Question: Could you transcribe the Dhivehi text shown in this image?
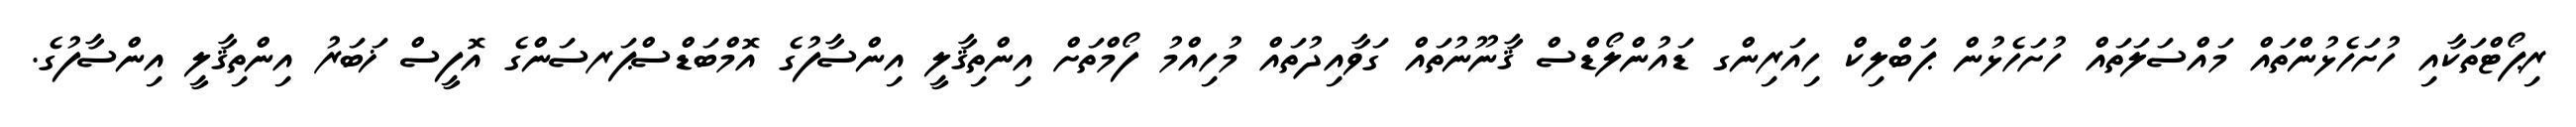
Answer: ރިޕޯޓްތަކާއި ހުށަހެޅުންތައް މައްސަލަތައް ހުށަހެޅުން ޕަބްލިކް ހިއަރިންގ ޑައުންލޯޑްސް ޤާނޫނުތައް ގަވާއިދުތައް މުހިއްމު ފޯމްތަށް އިންތިޤާލީ އިންސާފުގެ އޮމްބަޑްސްޕަރސަންގެ އޮފީސް ޚަބަރު އިންތިޤާލީ އިންސާފުގެ.